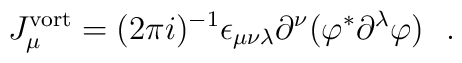
J^{\rm vort}_{\mu}  = (2 \pi i)^{-1} \epsilon_{\mu \nu \lambda}\partial^\nu (\varphi^* \partial^\lambda \varphi) \, \, \, \, .